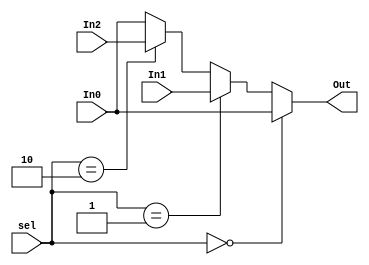
module mux3 #(parameter WIDTH=8)
            (input [WIDTH-1:0] In0,In1,In2,
             input [1:0]  sel,output [WIDTH-1:0] Out);
  assign Out=(sel==2'b00)?In0:
             (sel==2'b01)?In1:
             (sel==2'b10)?In2:In0;
  endmodule